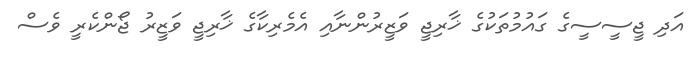
އަދި ޖީސީސީގެ ގައުމުތަކުގެ ޚާރިޖީ ވަޒީރުންނާއި އެމެރިކާގެ ޚާރިޖީ ވަޒީރު ޖޯންކެރީ ވެސް